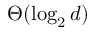
\Theta ( \log _ { 2 } d )